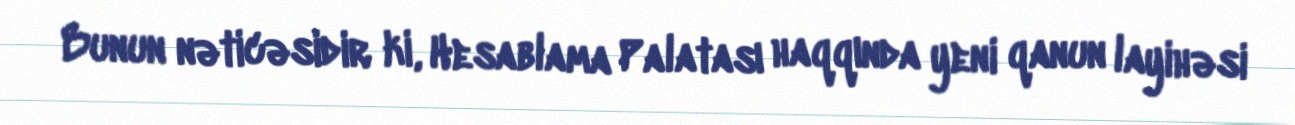
Bunun nəticəsidir ki, Hesablama Palatası haqqında yeni qanun layihəsi